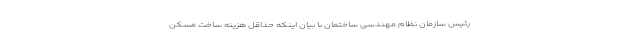
رئیس سازمان نظام مهندسی ساختمان با بیان اینکه حداقل هزینه ساخت مسکن